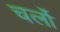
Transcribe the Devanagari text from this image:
चर्लो